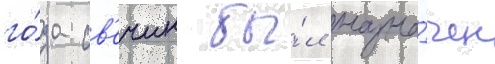
го́да св'ечин бы́л назна́чен